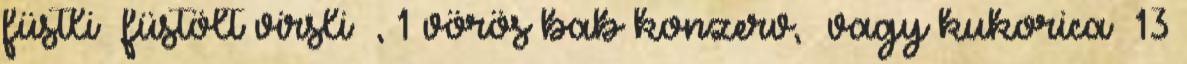
füstli füstölt virsli , 1 vörös bab konzerv, vagy kukorica 13